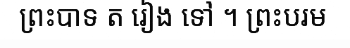
ព្រះបាទ ត រៀង ទៅ ។ ព្រះបរម